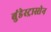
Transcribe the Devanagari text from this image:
बुंडेस्ट्रास्सेन